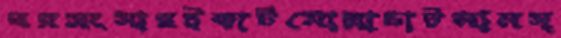
ঘরসংসারইকাটমোল্লাচাটলামস্